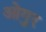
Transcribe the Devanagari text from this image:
ओगुर